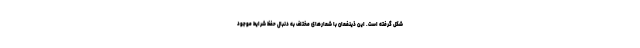
شکل گرفته است. این ذینفعان با شعارهای مختلف به دنبال حفظ شرایط موجود